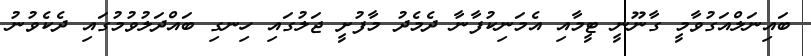
ބައިނަލްއަގުވާމީ ގާނޫނީ ޓީމާއި އެމަނިކުފާނާ ދެމެދު މާފުށީ ޖަލުގައި ހިނގި ބައްދަލުވުމުގައި ދެކެވުނު